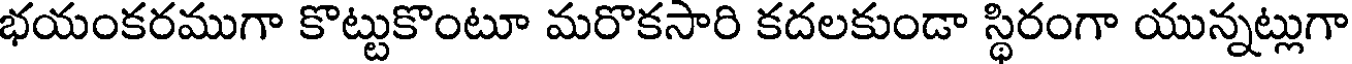
భయంకరముగా కొట్టుకొంటూ మరొకసారి కదలకుండా స్థిరంగా యున్నట్లుగా